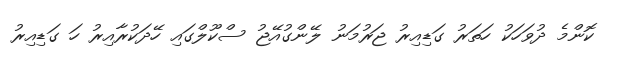
ކޮންމެ ދުވަހަކު ހަތަރު ގަޑިއިރު ޖަރުމަނު ލޭންގުއޭޖު ސްކޫލްގައި ހޭދަކުރާއިރު ހަ ގަޑިއިރު